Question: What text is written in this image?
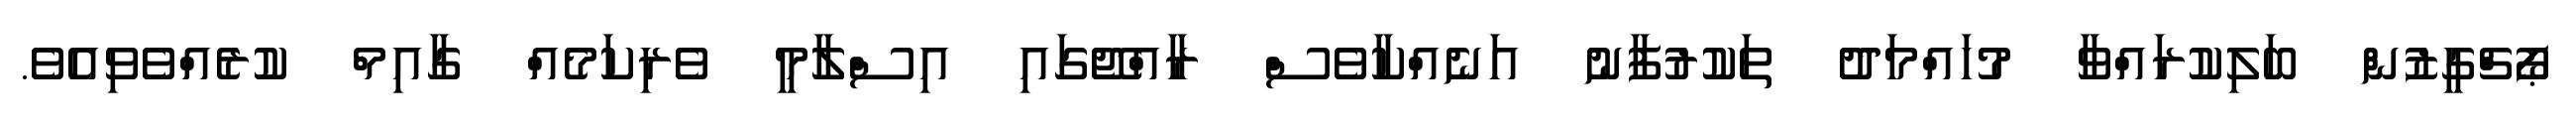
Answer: ޕޯޗްގީޒުން ބަލިކުރައްވާ މުހައްމަދު ތަކުރުފާނު އަނެއްކާވެސް ރާއްޖޭގައި އިސްލާމީ ވެރިކަމެއް ގާއިމް ކުރެއްވެވިއެވެ.